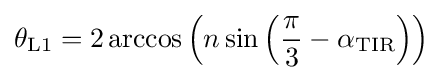
\theta _{{\rm {L}}1}=2\arccos \left(n\sin \left({\frac {\pi }{3}}-\alpha _{\rm {TIR}}\right)\right)